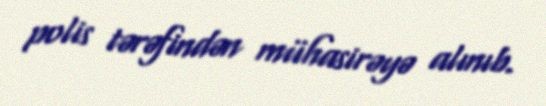
polis tərəfindən mühasirəyə alınıb.